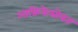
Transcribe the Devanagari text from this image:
आफ्रिकेसोबत